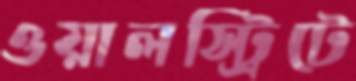
ওয়ালস্ট্রিটে